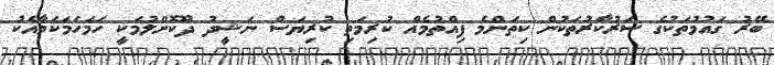
ބޭރު ގައުމުތަކުގެ ސަރުކާރުތަކުން ކިތަންމެ ފިއްތުމެއް ކުރިމަތި ކުރިޔަސް ނަޝީދު ދޫކޮށްލުމަކީ ހަމަހަމަކަމާއެކު